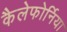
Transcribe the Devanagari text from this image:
कैलेफोर्निया